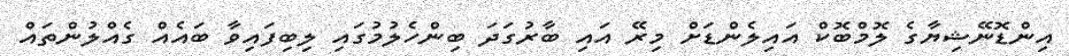
އިންޑޮނޭޝިޔާގެ ލޮމްބޮކް އައިލެންޑަށް މިރޭ އައި ބާރުގަދަ ބިންހެލުމުގައި ލިބިފައިވާ ބައެއް ގެއްލުންތައް